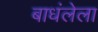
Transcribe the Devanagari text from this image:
बाधंलेला